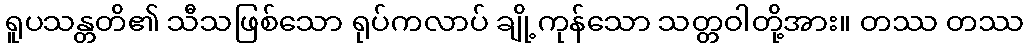
ရူပသန္တတိ၏ သီသဖြစ်သော ရုပ်ကလာပ် ချို့ကုန်သော သတ္တဝါတို့အား။ တဿ တဿ